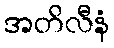
အတိလီနံ